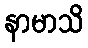
နာမာသိ